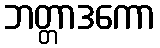
ဘတ္တာဒကော